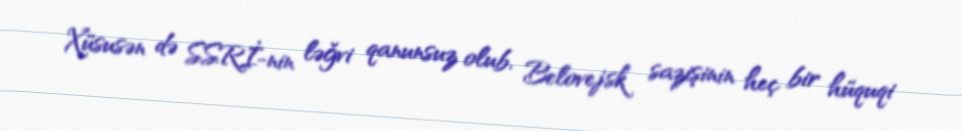
Xüsusən də SSRİ-nin ləğvi qanunsuz olub, Belovejsk sazişinin heç bir hüquqi